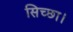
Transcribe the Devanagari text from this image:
सिच्‍छा।